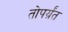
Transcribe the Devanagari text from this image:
तोपर्य़ंत